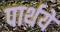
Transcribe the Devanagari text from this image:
पार्थये